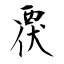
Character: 覄